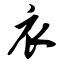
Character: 衣